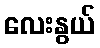
လေးနွယ်